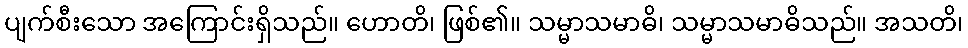
ပျက်စီးသော အကြောင်းရှိသည်။ ဟောတိ၊ ဖြစ်၏။ သမ္မာသမာဓိ၊ သမ္မာသမာဓိသည်။ အသတိ၊